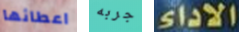
اعطائها جربه الاداء